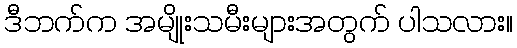
ဒီဘက်က အမျိုးသမီးများအတွက် ပါသလား။